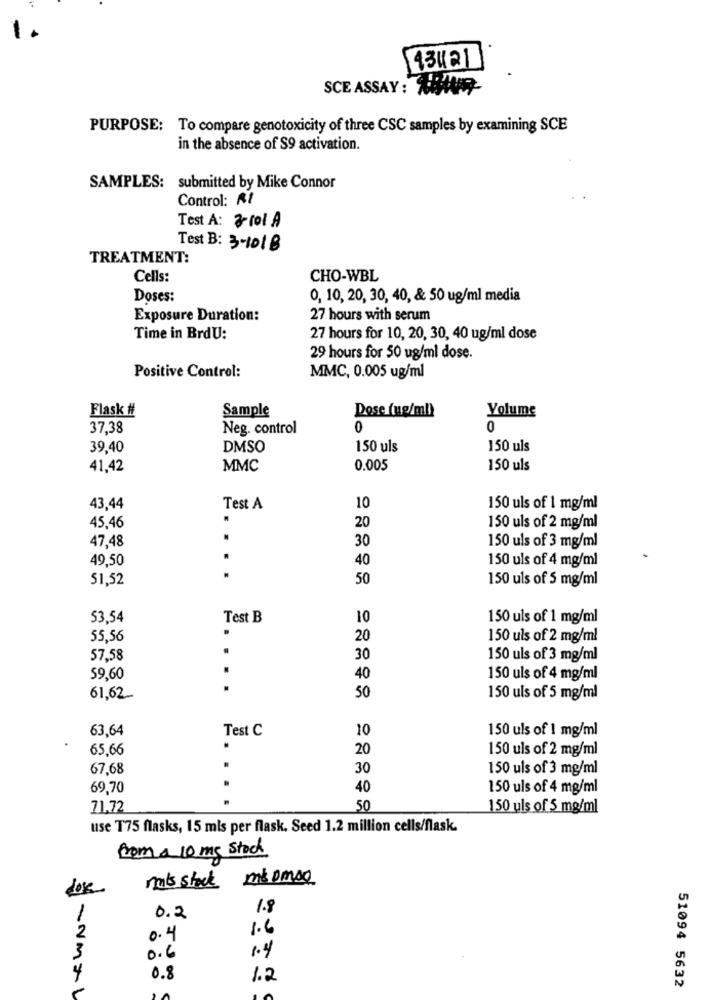
1
13421
SCE ASSAY: BAR
PURPOSE: To compare genotoxicity of three CSC samples by examining SCE
in the absence of $9 activation.
SAMPLES: submitted by Mike Connor
Control: Rt
Test A: 8- fol A
Test B: 3-1018
TREATMENT:
Cells:
CHO-WBL
Doses:
0, 10, 20, 30, 40, & 50 ug/ml media
Exposure Duration:
27 hours with serum
Time in BrdU:
27 hours for 10, 20, 30, 40 ug/ml dose
29 hours for 50 ug/ml dose.
Positive Control:
MMC, 0.005 ug/ml
Flask #
Sample
Dose (ue/ml)
Volume
37,38
Neg. control
0
0
39,40
DMSO
150 uls
150 uls
41,42
MMC
0.005
150 uls
43,44
Test A
10
150 uls of 1 mg/ml
45.46
20
150 uls of 2 mg/ml
47,48
30
150 uls of 3 mg/ml
49,50
..
40
150 uls of 4 mg/ml
51,52
50
150 uls of 5 mg/ml
53,54
Test B
10
150 uls of 1 mg/ml
55,56
20
150 uls of 2 mg/ml
57.58
30
150 uls of 3 mg/ml
. .
59,60
40
150 uls of 4 mg/ml
50
61,62
150 uls of 5 mg/ml
63,64
Test C
10
150 uls of 1 mg/ml
65,66
20
150 uls of 2 mg/ml
67,68
30
150 uls of 3 mg/ml
69,70
40
150 uls of 4 mg/ml
71.72
50
150 uls of 5 mg/ml
use T75 flasks, 15 mls per flask. Seed 1.2 million cells/flask.
from a 10 mg stock
mais stock miomoo
1
1.8
0.2
1.6
2
0.4
3
1.4
0.6
4
0.8
1.2
-
51094 5632